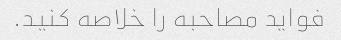
فواید مصاحبه را خلاصه کنید.